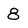
Character: 8